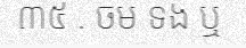
៣៥ . ចម ទង ឬ